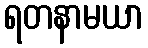
ရတနာမယာ